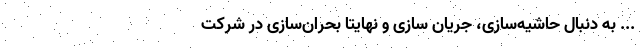
... به دنبال حاشیه‌سازی، جریان سازی و نهایتاً بحران‌سازی در شرکت